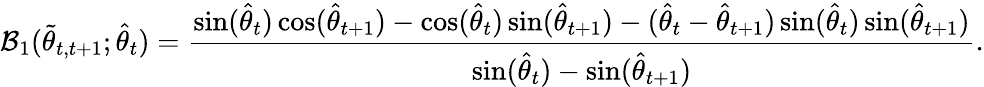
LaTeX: \mathcal{B}_{1}(\tilde{\theta}_{t,t+1};\hat{\theta}_{t})=\frac{\sin(\hat{\theta}_{t})\cos(\hat{\theta}_{t+1})-\cos(\hat{\theta}_{t})\sin(\hat{\theta}_{t+1})-(\hat{\theta}_{t}-\hat{\theta}_{t+1})\sin(\hat{\theta}_{t})\sin(\hat{\theta}_{t+1})}{\sin(\hat{\theta}_{t})-\sin(\hat{\theta}_{t+1})}.